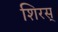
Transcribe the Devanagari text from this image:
शिरस्